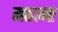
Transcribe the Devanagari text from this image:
महान्त